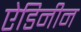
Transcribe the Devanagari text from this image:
ऐडिनीन